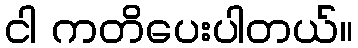
ငါ ကတိပေးပါတယ်။